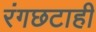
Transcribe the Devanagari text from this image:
रंगछटाही